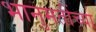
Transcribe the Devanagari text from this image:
भानुमतींच्या